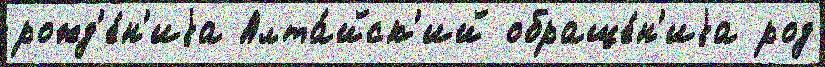
рожд'е́н'иjа Алта́йск'ий обраще́н'иjа род